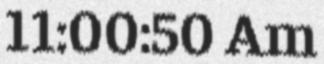
11:00:50 Am